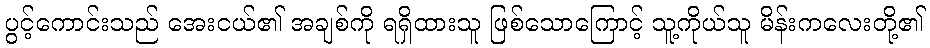
ပွင့်ကောင်းသည် အေးငယ်၏ အချစ်ကို ရရှိထားသူ ဖြစ်သောကြောင့် သူ့ကိုယ်သူ မိန်းကလေးတို့၏